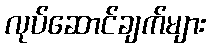
လုပ်ဆောင်ချက်များ